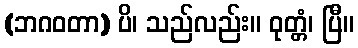
(ဘဂဝတာ) ပိ၊ သည်လည်း။ ဝုတ္တံ၊ ပြီ။